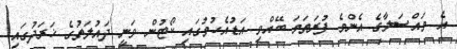
އެ މައްސަލާގެ އެންމެ ފުރަތަމަ ބޭއްވި އަޑުއެހުމުގައި ކޯޓުން ވަނީ ދައުލަތުގެ ޚަރަދުގައި